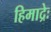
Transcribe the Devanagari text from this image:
हिमाद्रेः